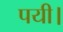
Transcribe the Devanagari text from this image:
पयी।